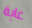
غاية